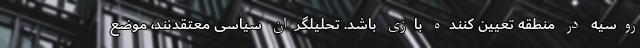
روسیه در منطقه تعیین کننده بازی باشد. تحلیلگران سیاسی معتقدنند، موضع